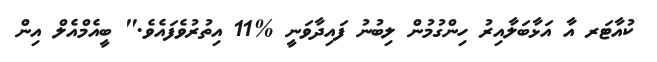
ކުއާޓަރ އާ އަޅާބަލާއިރު ހިންގުމުން ލިބުނު ފައިދާވަނީ %11 އިތުރުވެފައެވެ." ބީއެމްއެލް އިން